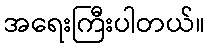
အရေးကြီးပါတယ်။